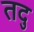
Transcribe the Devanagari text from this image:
तदु